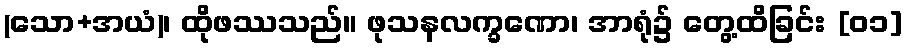
(သော+အယံ)၊ ထိုဖဿသည်။ ဖုသနလက္ခဏော၊ အာရုံ၌ တွေ့ထိခြင်း [၀၁]